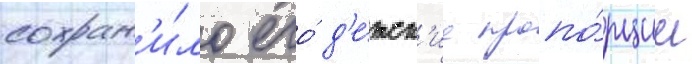
сохран'и́ло его́ д'е́тск'ие пропо́рции